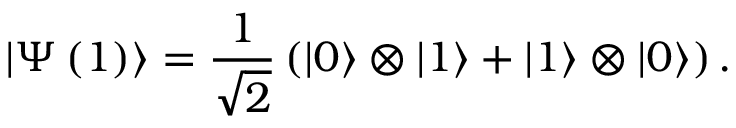
\left| \Psi \left( 1 \right) \right\rangle = \frac { 1 } { \sqrt { 2 } } \left( \left| 0 \right\rangle \otimes \left| 1 \right\rangle + \left| 1 \right\rangle \otimes \left| 0 \right\rangle \right) .